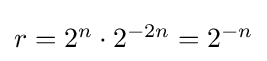
{\textstyle r=2^{n}\cdot 2^{-2n}=2^{-n}}